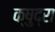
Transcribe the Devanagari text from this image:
क्षुद्रा